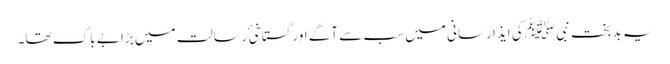
یہ بد بخت نبی ﷺ کی ایذا رسانی میں سب سے آگے اور گستاخیٔ رسالت میں بڑا بے باک تھا۔